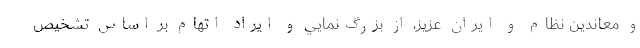
و معاندين نظام و ايران عزيز، از بزرگ‌نمايي و ايراد اتهام بر اساس تشخيص